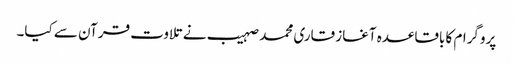
پروگرام کا باقاعدہ آغاز قاری محمد صہیب نے تلاوت قرآن سے کیا۔